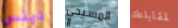
دينس المسيحي لمقابلتك